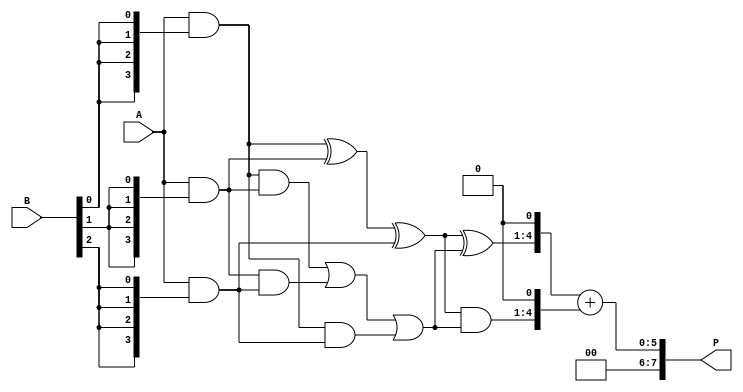
module dadda_multiplier #(parameter N = 4) (
    input [N-1:0] A,
    input [N-1:0] B,
    output reg [2*N-1:0] P
);

    // Partial product generation
    wire [N-1:0] pp [0:N-1]; // Partial products
    genvar i, j;
    generate
        for (i = 0; i < N; i = i + 1) begin : pp_gen
            assign pp[i] = A & {N{B[i]}}; // ANDing A with each bit of B
        end
    endgenerate

    // Reduction tree
    wire [N-1:0] sum [0:N-1]; // Sums
    wire [N-1:0] carry [0:N-1]; // Carries
    wire [N-1:0] temp_sum [0:N-1]; // Temporary sums for reduction
    wire [N-1:0] temp_carry [0:N-1]; // Temporary carries for reduction

    // Stage 1: Grouping into sets of three and adding
    generate
        for (i = 0; i < N; i = i + 1) begin : stage1
            if (i % 3 == 0) begin
                assign sum[i/3] = pp[i] ^ pp[i+1] ^ pp[i+2]; // Sum of three
                assign carry[i/3] = (pp[i] & pp[i+1]) | (pp[i+1] & pp[i+2]) | (pp[i] & pp[i+2]); // Carry
            end
        end
    endgenerate

    // Stage 2: Continue reduction
    generate
        for (i = 0; i < (N+2)/3; i = i + 1) begin : stage2
            if (i < (N-1)/3) begin
                assign temp_sum[i] = sum[i] ^ carry[i]; // Add sum and carry
                assign temp_carry[i] = sum[i] & carry[i]; // Carry
            end
        end
    endgenerate

    // Final stage: Add remaining sums and carries
    wire [2*N-1:0] final_sum;
    wire [2*N-1:0] final_carry;

    assign final_sum = {temp_sum[0], 1'b0} + {temp_carry[0], 1'b0}; // Final addition

    // Assign output
    always @(*) begin
        P = final_sum;
    end

endmodule